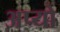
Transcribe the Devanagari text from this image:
अप्यो